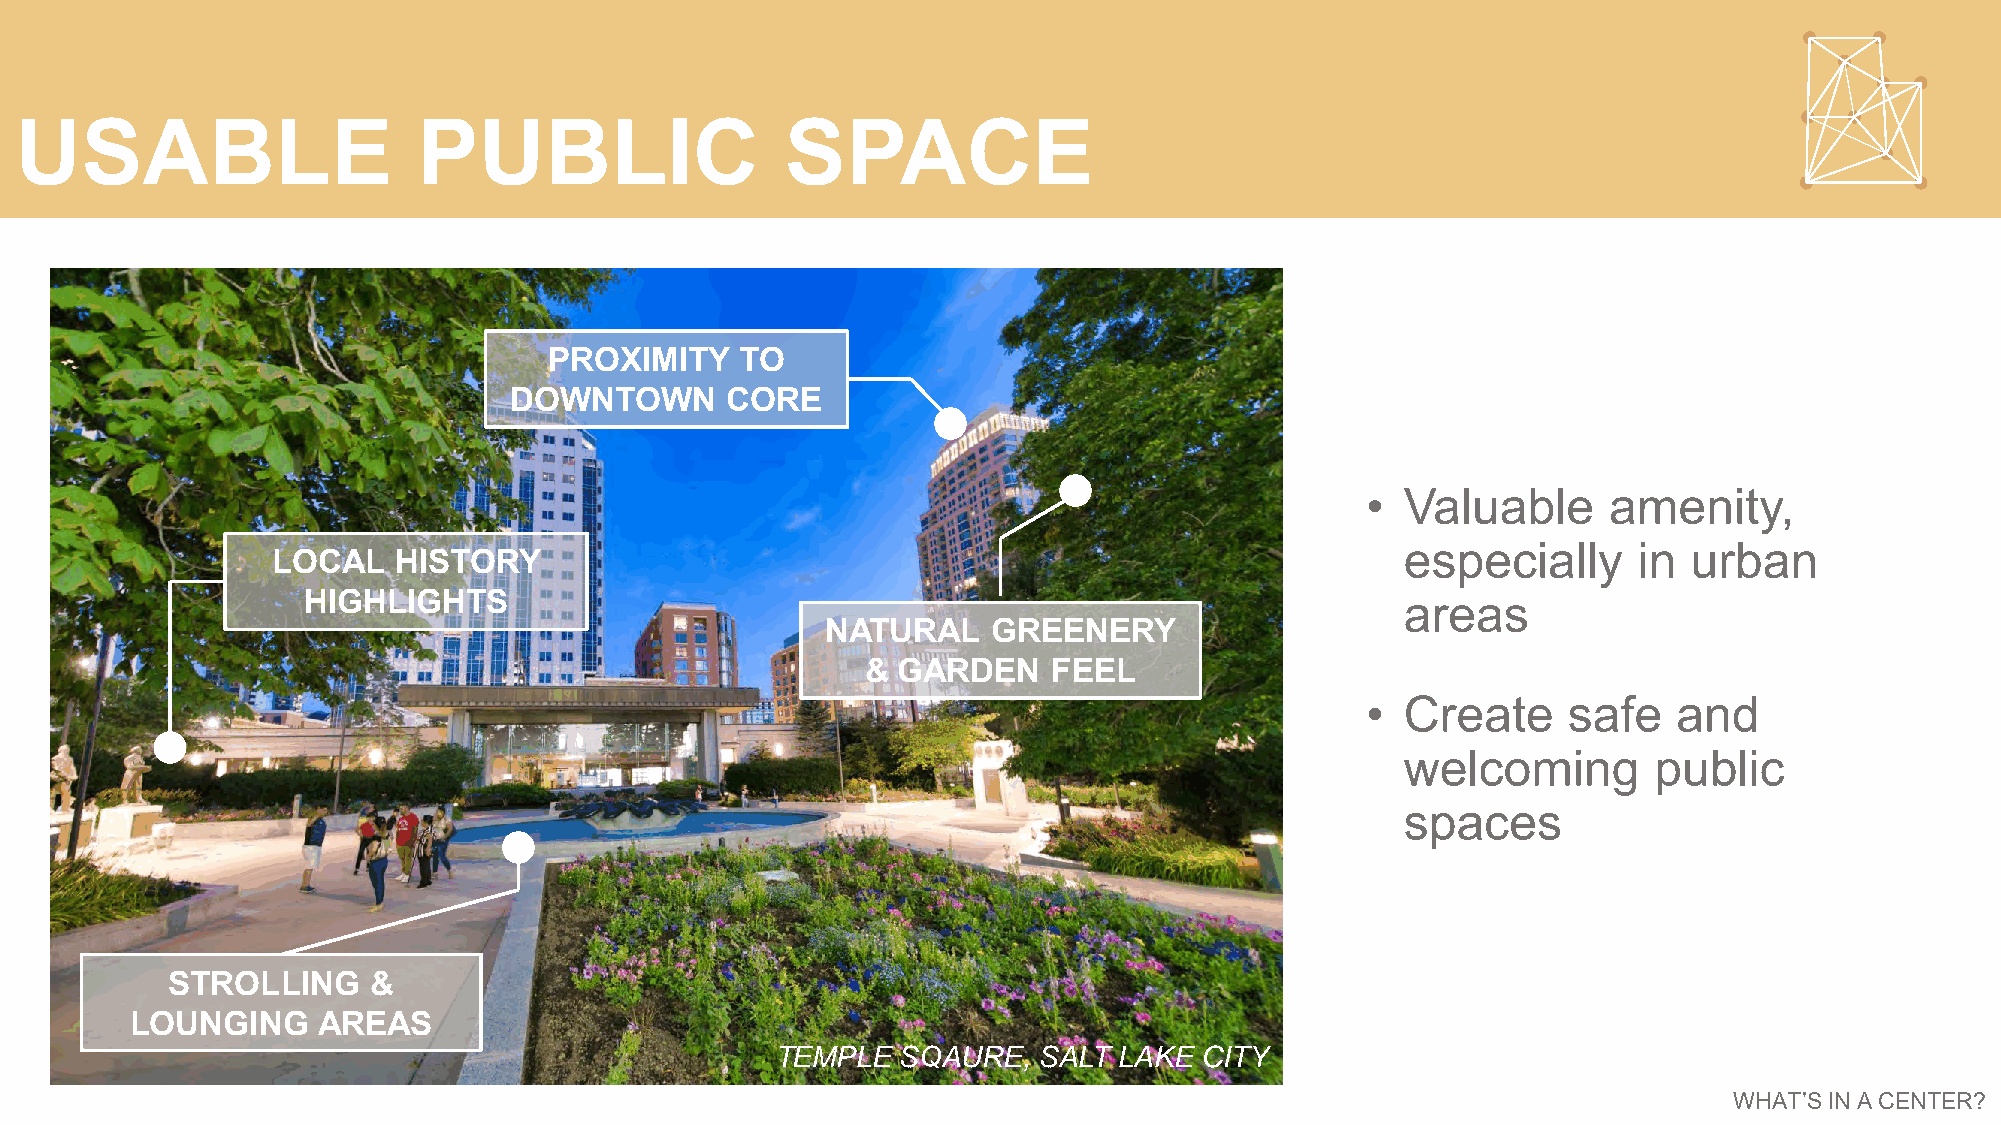
USABLE                     PUBLIC                  SPACE
 PROXIMITY    TO
 DOWNTOWN      CORE
 •  Valuable     amenity,
 especially     in  urban
 LOCAL   HISTORY
 HIGHLIGHTS                                                               areas
 NATURAL    GREENERY
 & GARDEN     FEEL
 •  Create     safe   and
 welcoming       public
 spaces
 STROLLING    &
 LOUNGING    AREAS
 TEMPLE  SQUARE,   SALT LAKTEE CMITPYLE SQAURE, SALT LAKE CITY
 WHAT’S IN A CENTER?